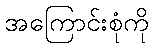
အကြောင်းစုံကို